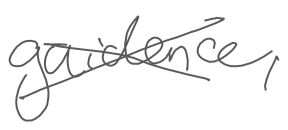
Text: guidance,
Cross-out: cross
Writing tool: digital_gray